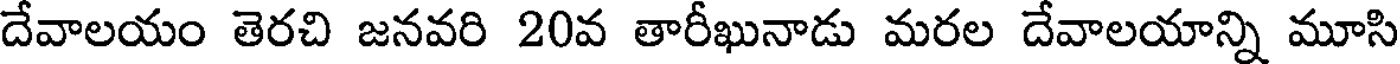
దేవాలయం తెరచి జనవరి 20వ తారీఖునాడు మరల దేవాలయాన్ని మూసి